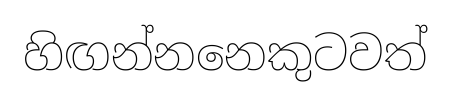
හිඟන්නනෙකුටවත්